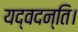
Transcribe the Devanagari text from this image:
यद्वदन्ति।